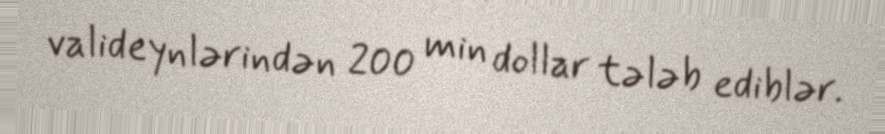
valideynlərindən 200 min dollar tələb ediblər.